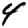
Digit: 4